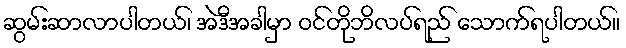
ဆွမ်းဆာလာပါတယ်၊ အဲဒီအခါမှာ ဝင်တိုဘိလပ်ရည် သောက်ရပါတယ်။